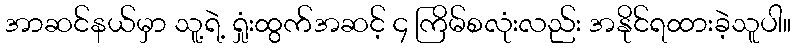
အာဆင်နယ်မှာ သူ့ရဲ့ ရှုံးထွက်အဆင့် ၄ ကြိမ်စလုံးလည်း အနိုင်ရထားခဲ့သူပါ။